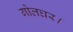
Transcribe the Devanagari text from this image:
गोलघर।